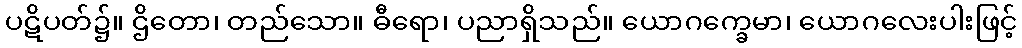
ပဋိပတ်၌။ ဌိတော၊ တည်သော။ ဓီရော၊ ပညာရှိသည်။ ယောဂက္ခေမာ၊ ယောဂလေးပါးဖြင့်